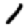
Digit: 1